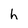
Character: h